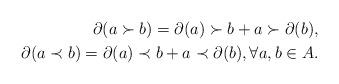
LaTeX: \begin{align*} \partial(a \succ b) = \partial(a) \succ b + a \succ \partial(b), \\ \partial(a \prec b) = \partial(a) \prec b + a \prec \partial(b), \forall a, b \in A. \end{align*}